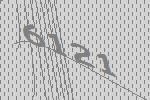
6121